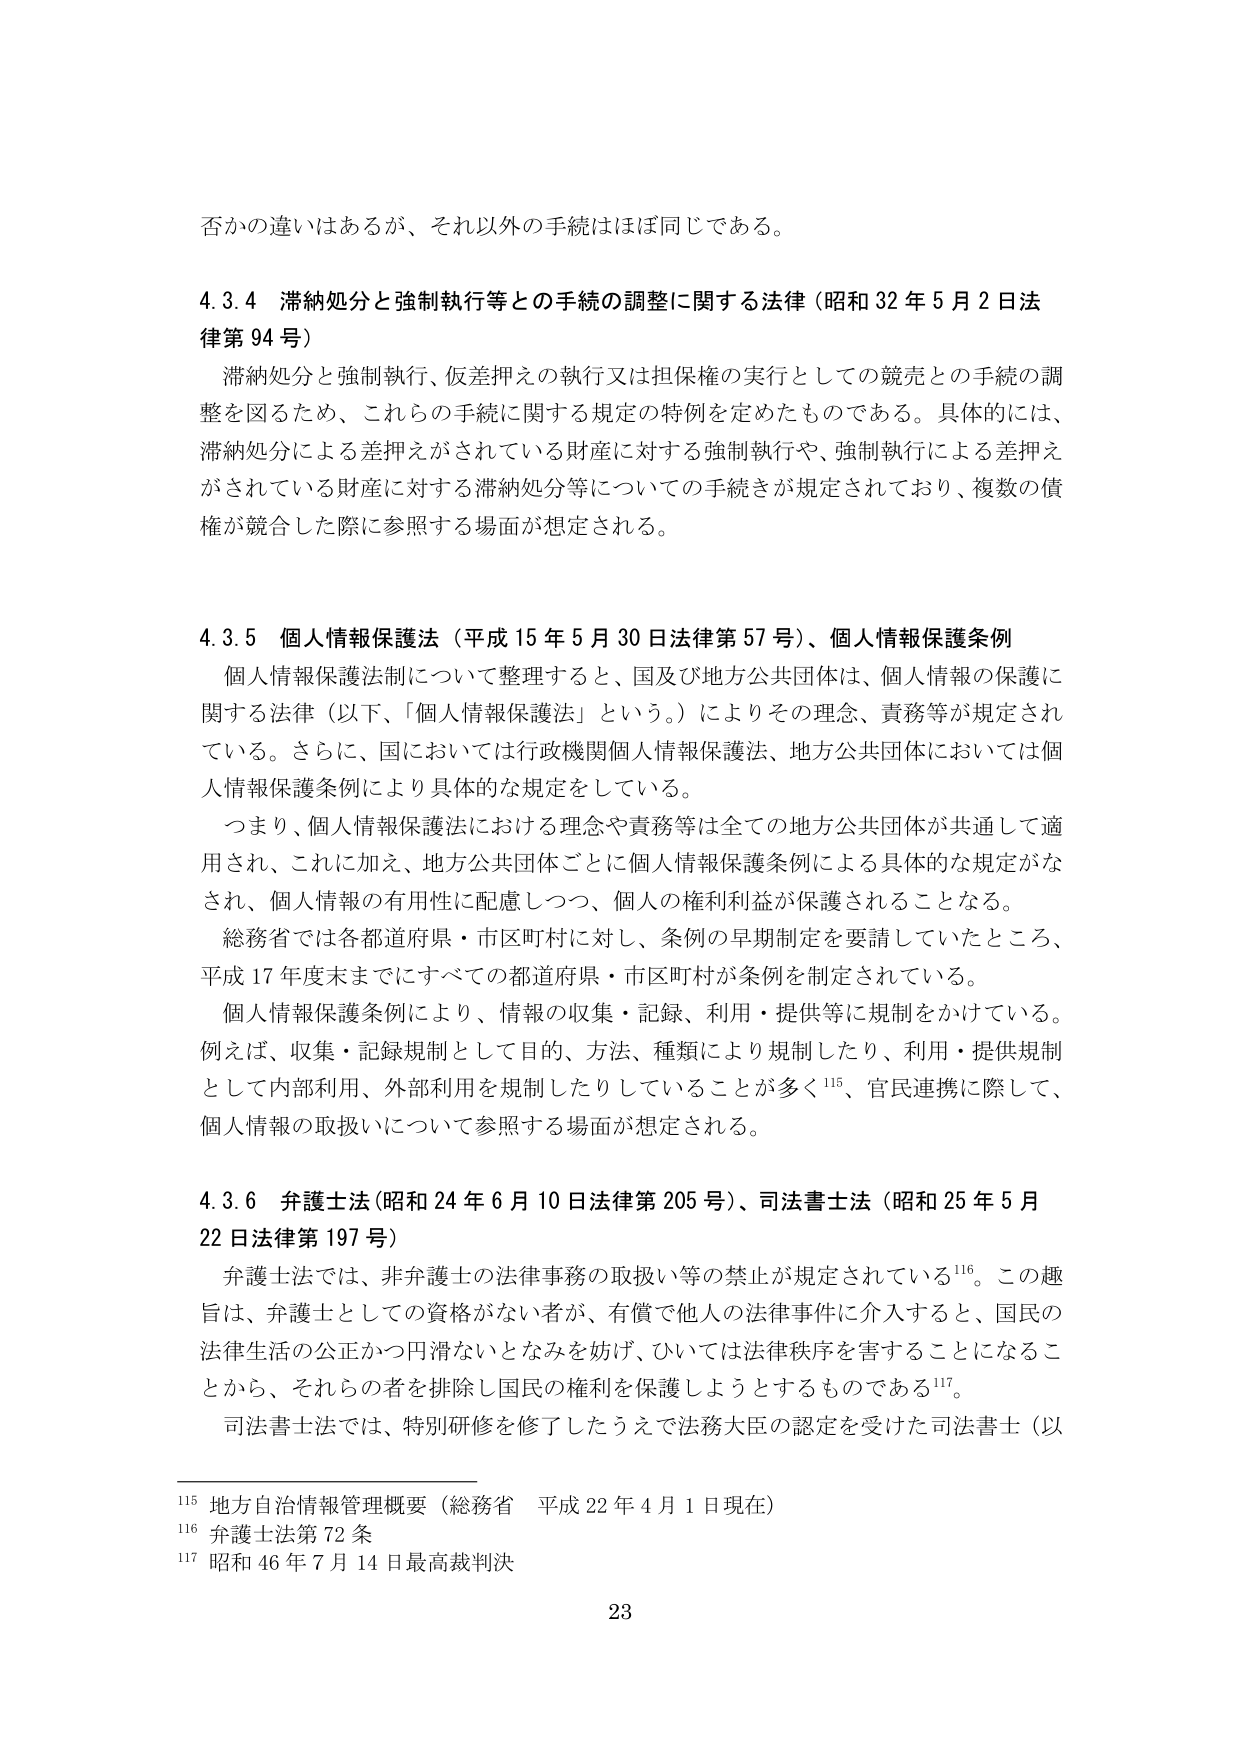
否かの違いはあるが、それ以外の手続はほぼ同じである。

4.3.4 滞納処分と強制執行等との手続の調整に関する法律（昭和32年5月2日法律第94号）
滞納処分と強制執行、仮差押えの執行又は担保権の実行としての競売との手続の調整を図るため、これらの手続に関する規定の特例を定めたものである。具体的には、滞納処分による差押えがされている財産に対する強制執行や、強制執行による差押えがされている財産に対する滞納処分等についての手続きが規定されており、複数の債権が競合した際に参照する場面が想定される。

4.3.5 個人情報保護法（平成15年5月30日法律第57号）、個人情報保護条例
個人情報保護法制について整理すると、国及び地方公共団体は、個人情報の保護に関する法律（以下、「個人情報保護法」という。）によりその理念、責務等が規定されている。さらに、国においては行政機関個人情報保護法、地方公共団体においては個人情報保護条例により具体的な規定をしている。
つまり、個人情報保護法における理念や責務等は全ての地方公共団体が共通して適用され、これに加え、地方公共団体ごとに個人情報保護条例による具体的な規定がなされ、個人情報の有用性に配慮しつつ、個人の権利利益が保護されることとなる。
総務省では各都道府県・市区町村に対し、条例の早期制定を要請していたところ、平成17年度末までにすべての都道府県・市区町村が条例を制定されている。
個人情報保護条例により、情報の収集・記録、利用・提供等に規制をかけている。例えば、収集・記録規制として目的、方法、種類により規制したり、利用・提供規制として内部利用、外部利用を規制したりしていることが多く115、官民連携に際して、個人情報の取扱いについて参照する場面が想定される。

4.3.6 弁護士法（昭和24年6月10日法律第205号）、司法書士法（昭和25年5月22日法律第197号）
弁護士法では、非弁護士の法律事務の取扱い等の禁止が規定されている116。この趣旨は、弁護士としての資格がない者が、有償で他人の法律事件に介入すると、国民の法律生活の公正かつ円滑ないとなみを妨げ、ひいては法律秩序を害することになることから、それらの者を排除し国民の権利を保護しようとするものである117。
司法書士法では、特別研修を修了したうえで法務大臣の認定を受けた司法書士（以

115 地方自治情報管理概要（総務省 平成22年4月1日現在）
116 弁護士法第72条
117 昭和46年7月14日最高裁判決

23